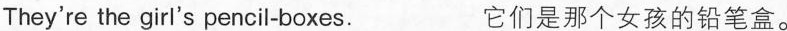
They're the girl's pencil-boxes. 它们是那个女孩的铅笔盒。